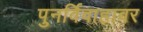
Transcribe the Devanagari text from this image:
पुनर्विवाहावर